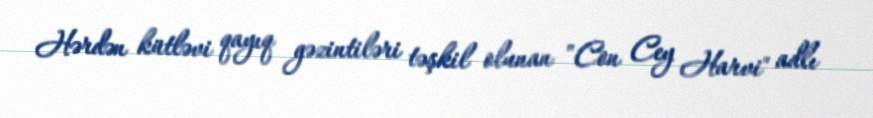
Hərdən kütləvi qayıq gəzintiləri təşkil olunan "Con Cey Harvi" adlı